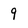
Character: 9